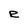
Character: R